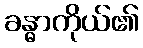
ခန္ဓာကိုယ်၏